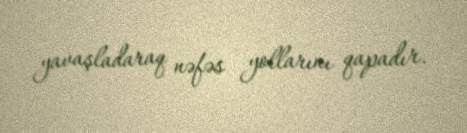
yavaşladaraq nəfəs yollarını qapadır.